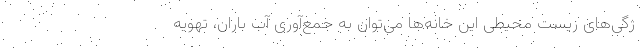
ژگی‌های زیست محیطی این خانه‌ها می‌توان به جمع‌آوری آب باران، تهویه